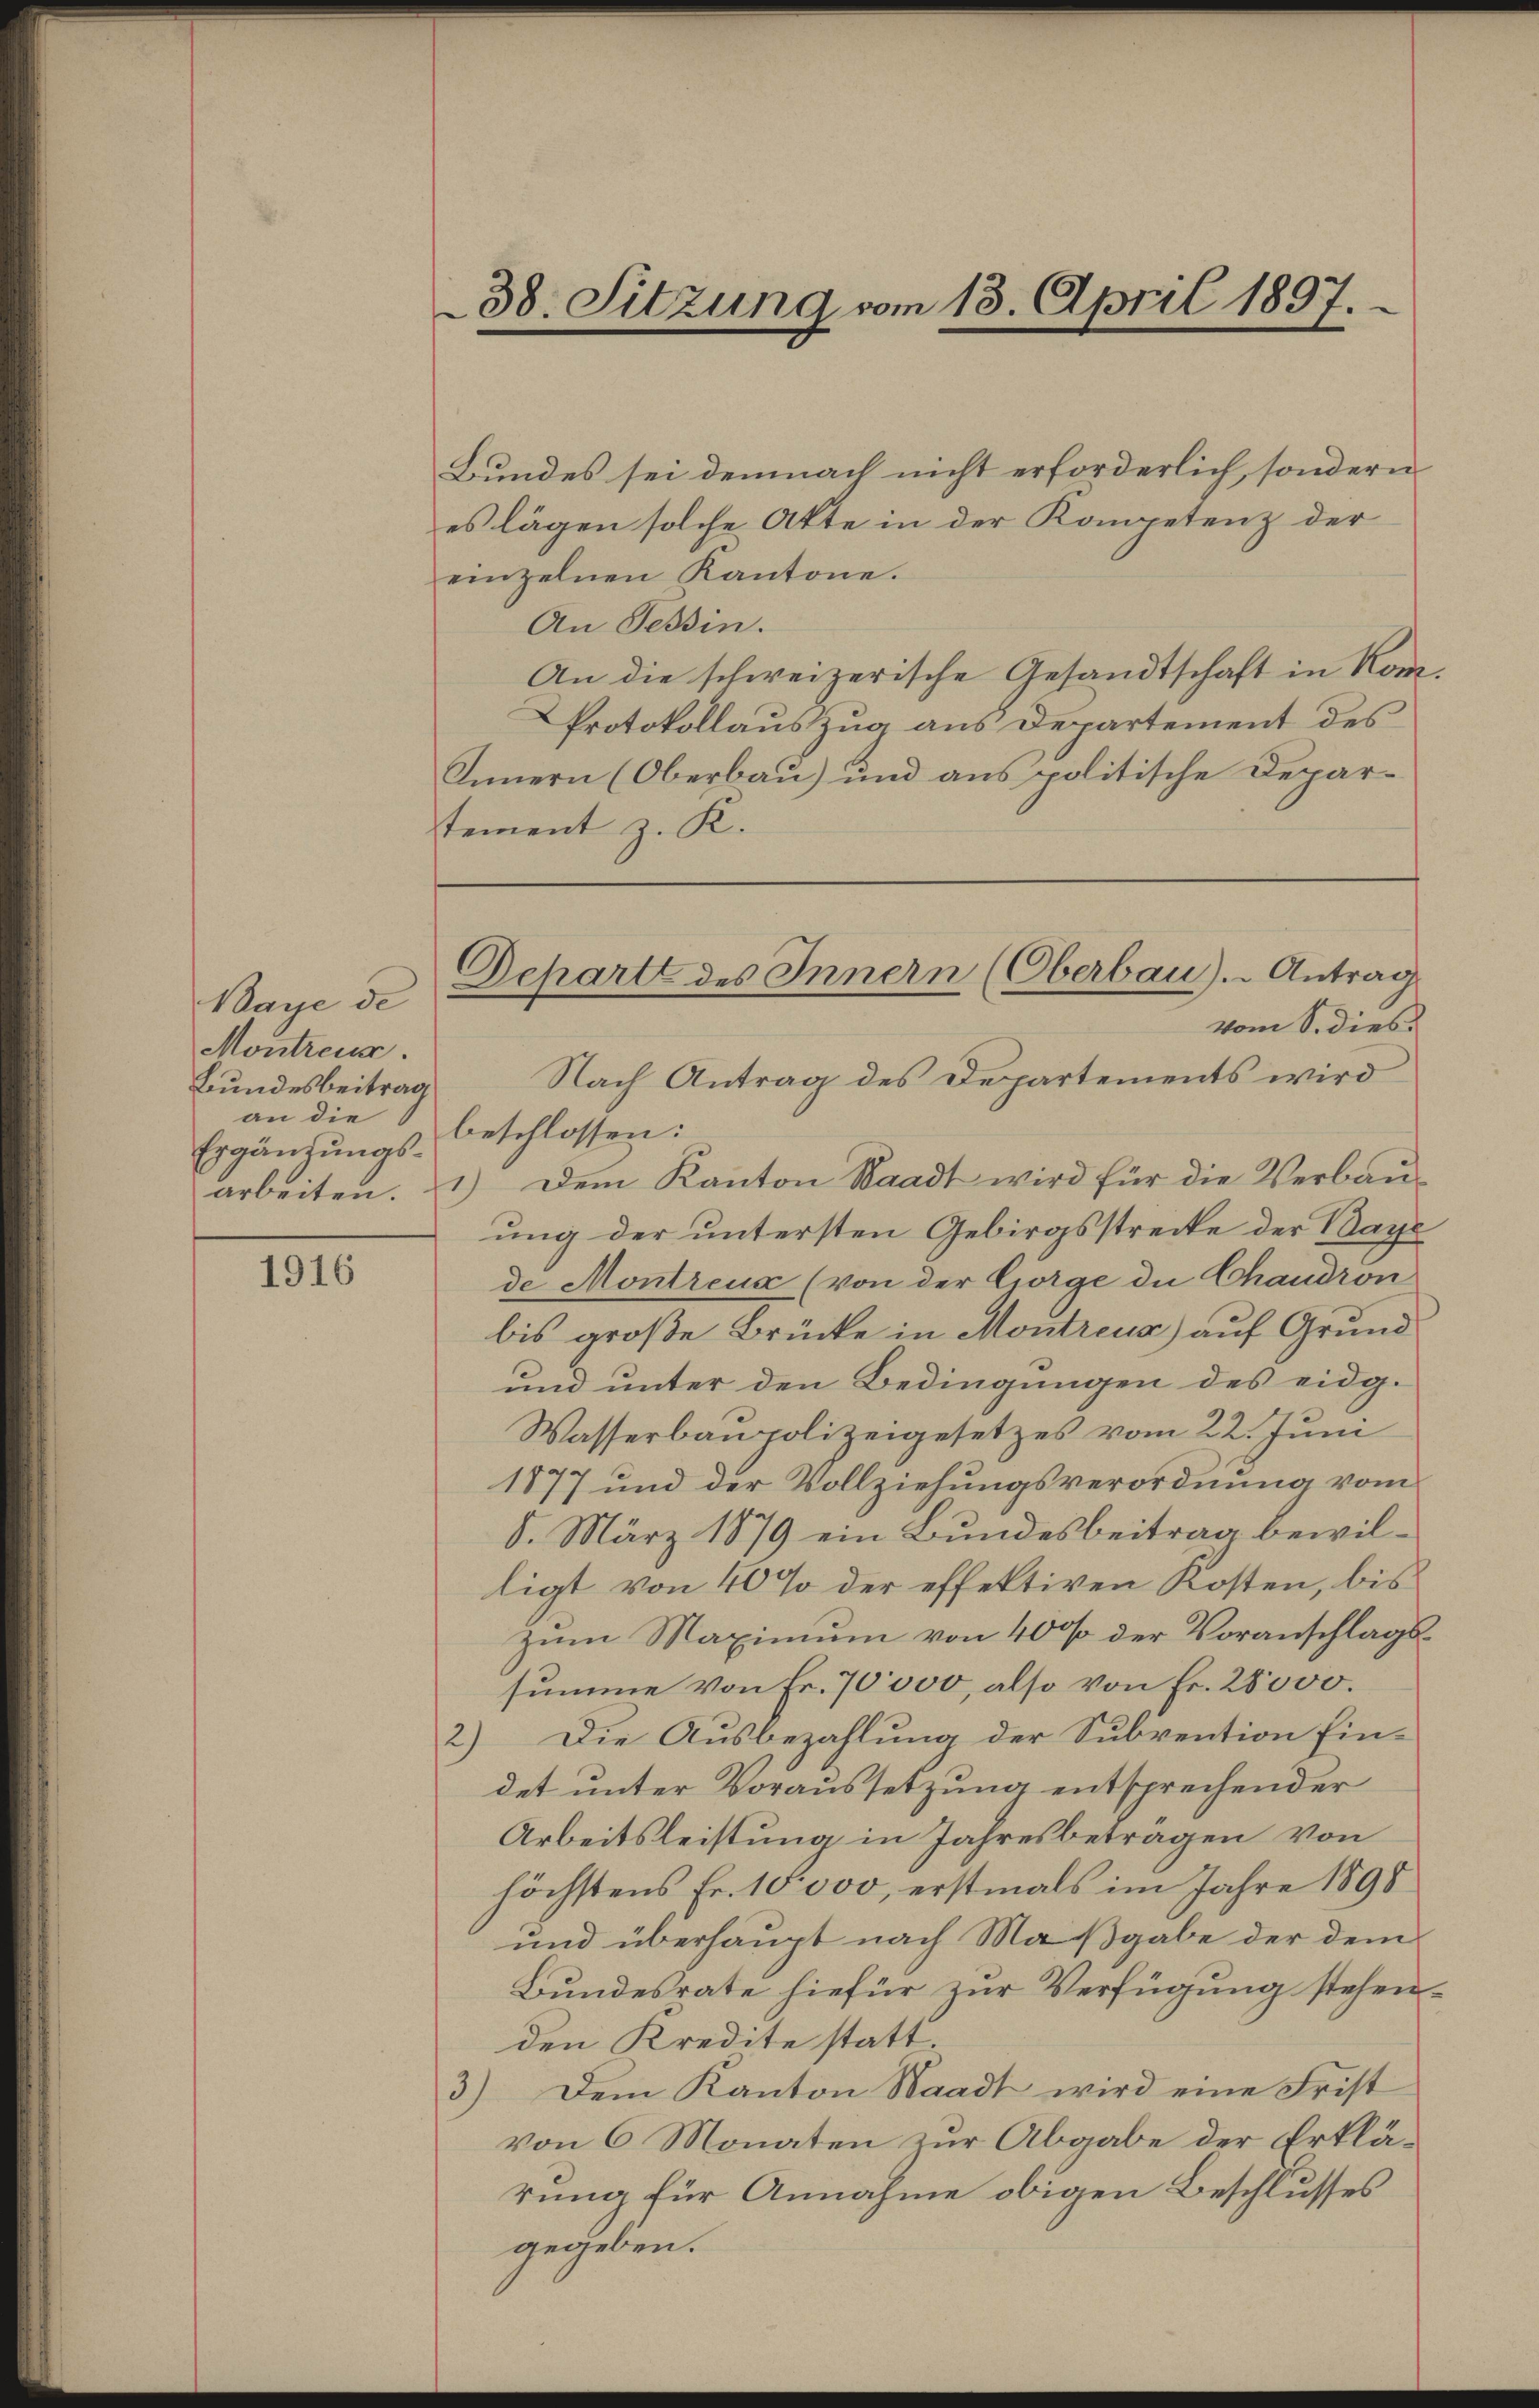
Waye de
Montreus.
Bundesbeitrag
an die
Ergänzungs¬

1916

38. Sitzung vom 13. April 1897.

Innern (Oberbau) und aus politische Departement z. K.

Departe des Innern (Oberbau). Antrag
vom S. dies

Bundes sei demnach nicht erforderlich, sondern
es lägen solche Akte in der Kompetenz der
einzelnen Kantone.
An Tessin.
An die schweizerische Gesandtschaft in Kom¬
Protokollauszug aus Departement des
Nach Antrag des Departements wird
beschlossen:
arbeiten. 1) Dem Kanton Waadt wird für die Verbaŭ-
ung der untersten Gebirgsstrecke der Baye
de Montreux (von der Corge die Chaudron
bis große Brücke in Montreux) auf Grund
und unter den Bedingungen des eidg.
Wasserbaupolizeigesetzes vom 22. Juni
1877 und der Vollziehungsverordnung vom
8. März 1879 ein Bundesbeitrag bewilligt von 40% der effektiven Kosten, bis
zum Maximum von 400 der Voranschlagssumme von Fr. 70000, also von Fr. 28000.
2) Die Ausbezahlung der Subvention Ein-
det unter Voraussetzung entsprechender
Arbeitsleistung in Jahresbeträgen von
höchstens Fr. 10 000, erstmals im Jahre 1898
und überhaupt nach Maßgabe der dem
Bundesrate hiefür zur Verfügung stehen.
den Kredite statt
3) Dem Kanton Waadt wird eine Frist
von 6 Monaten zur Abgabe der Erklärung für Annahme obigen Beschlusses
gegeben.